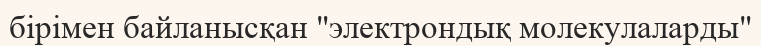
бірімен байланысқан "электрондық молекулаларды"